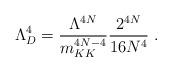
LaTeX: \begin{align*}\Lambda^4_D=\frac{\Lambda^{4N}}{m_{KK}^{4N-4}} \frac{2^{4N}}{16 N^4}\ .\end{align*}